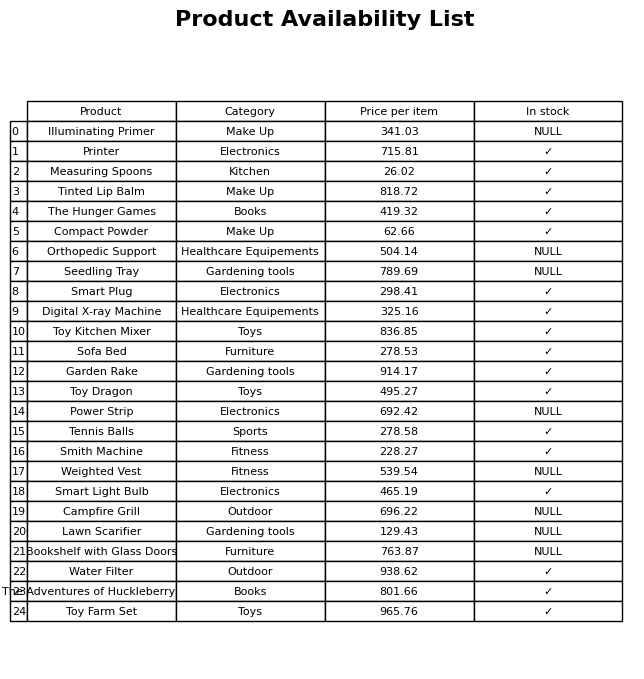
question: What is the price for Toy Dragon?
answer: The price of Toy Dragon is 495.27.